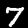
Label: 7